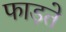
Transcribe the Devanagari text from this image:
फाड़ते